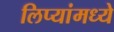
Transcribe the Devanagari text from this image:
लिप्यांमध्ये